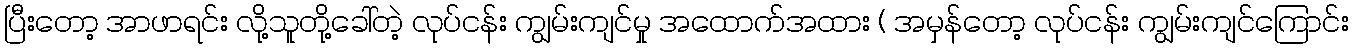
ပြီးတော့ အာဖာရင်း လို့သူတို့ခေါ်တဲ့ လုပ်ငန်း ကျွမ်းကျင်မှု အထောက်အထား ( အမှန်တော့ လုပ်ငန်း ကျွမ်းကျင်ကြောင်း